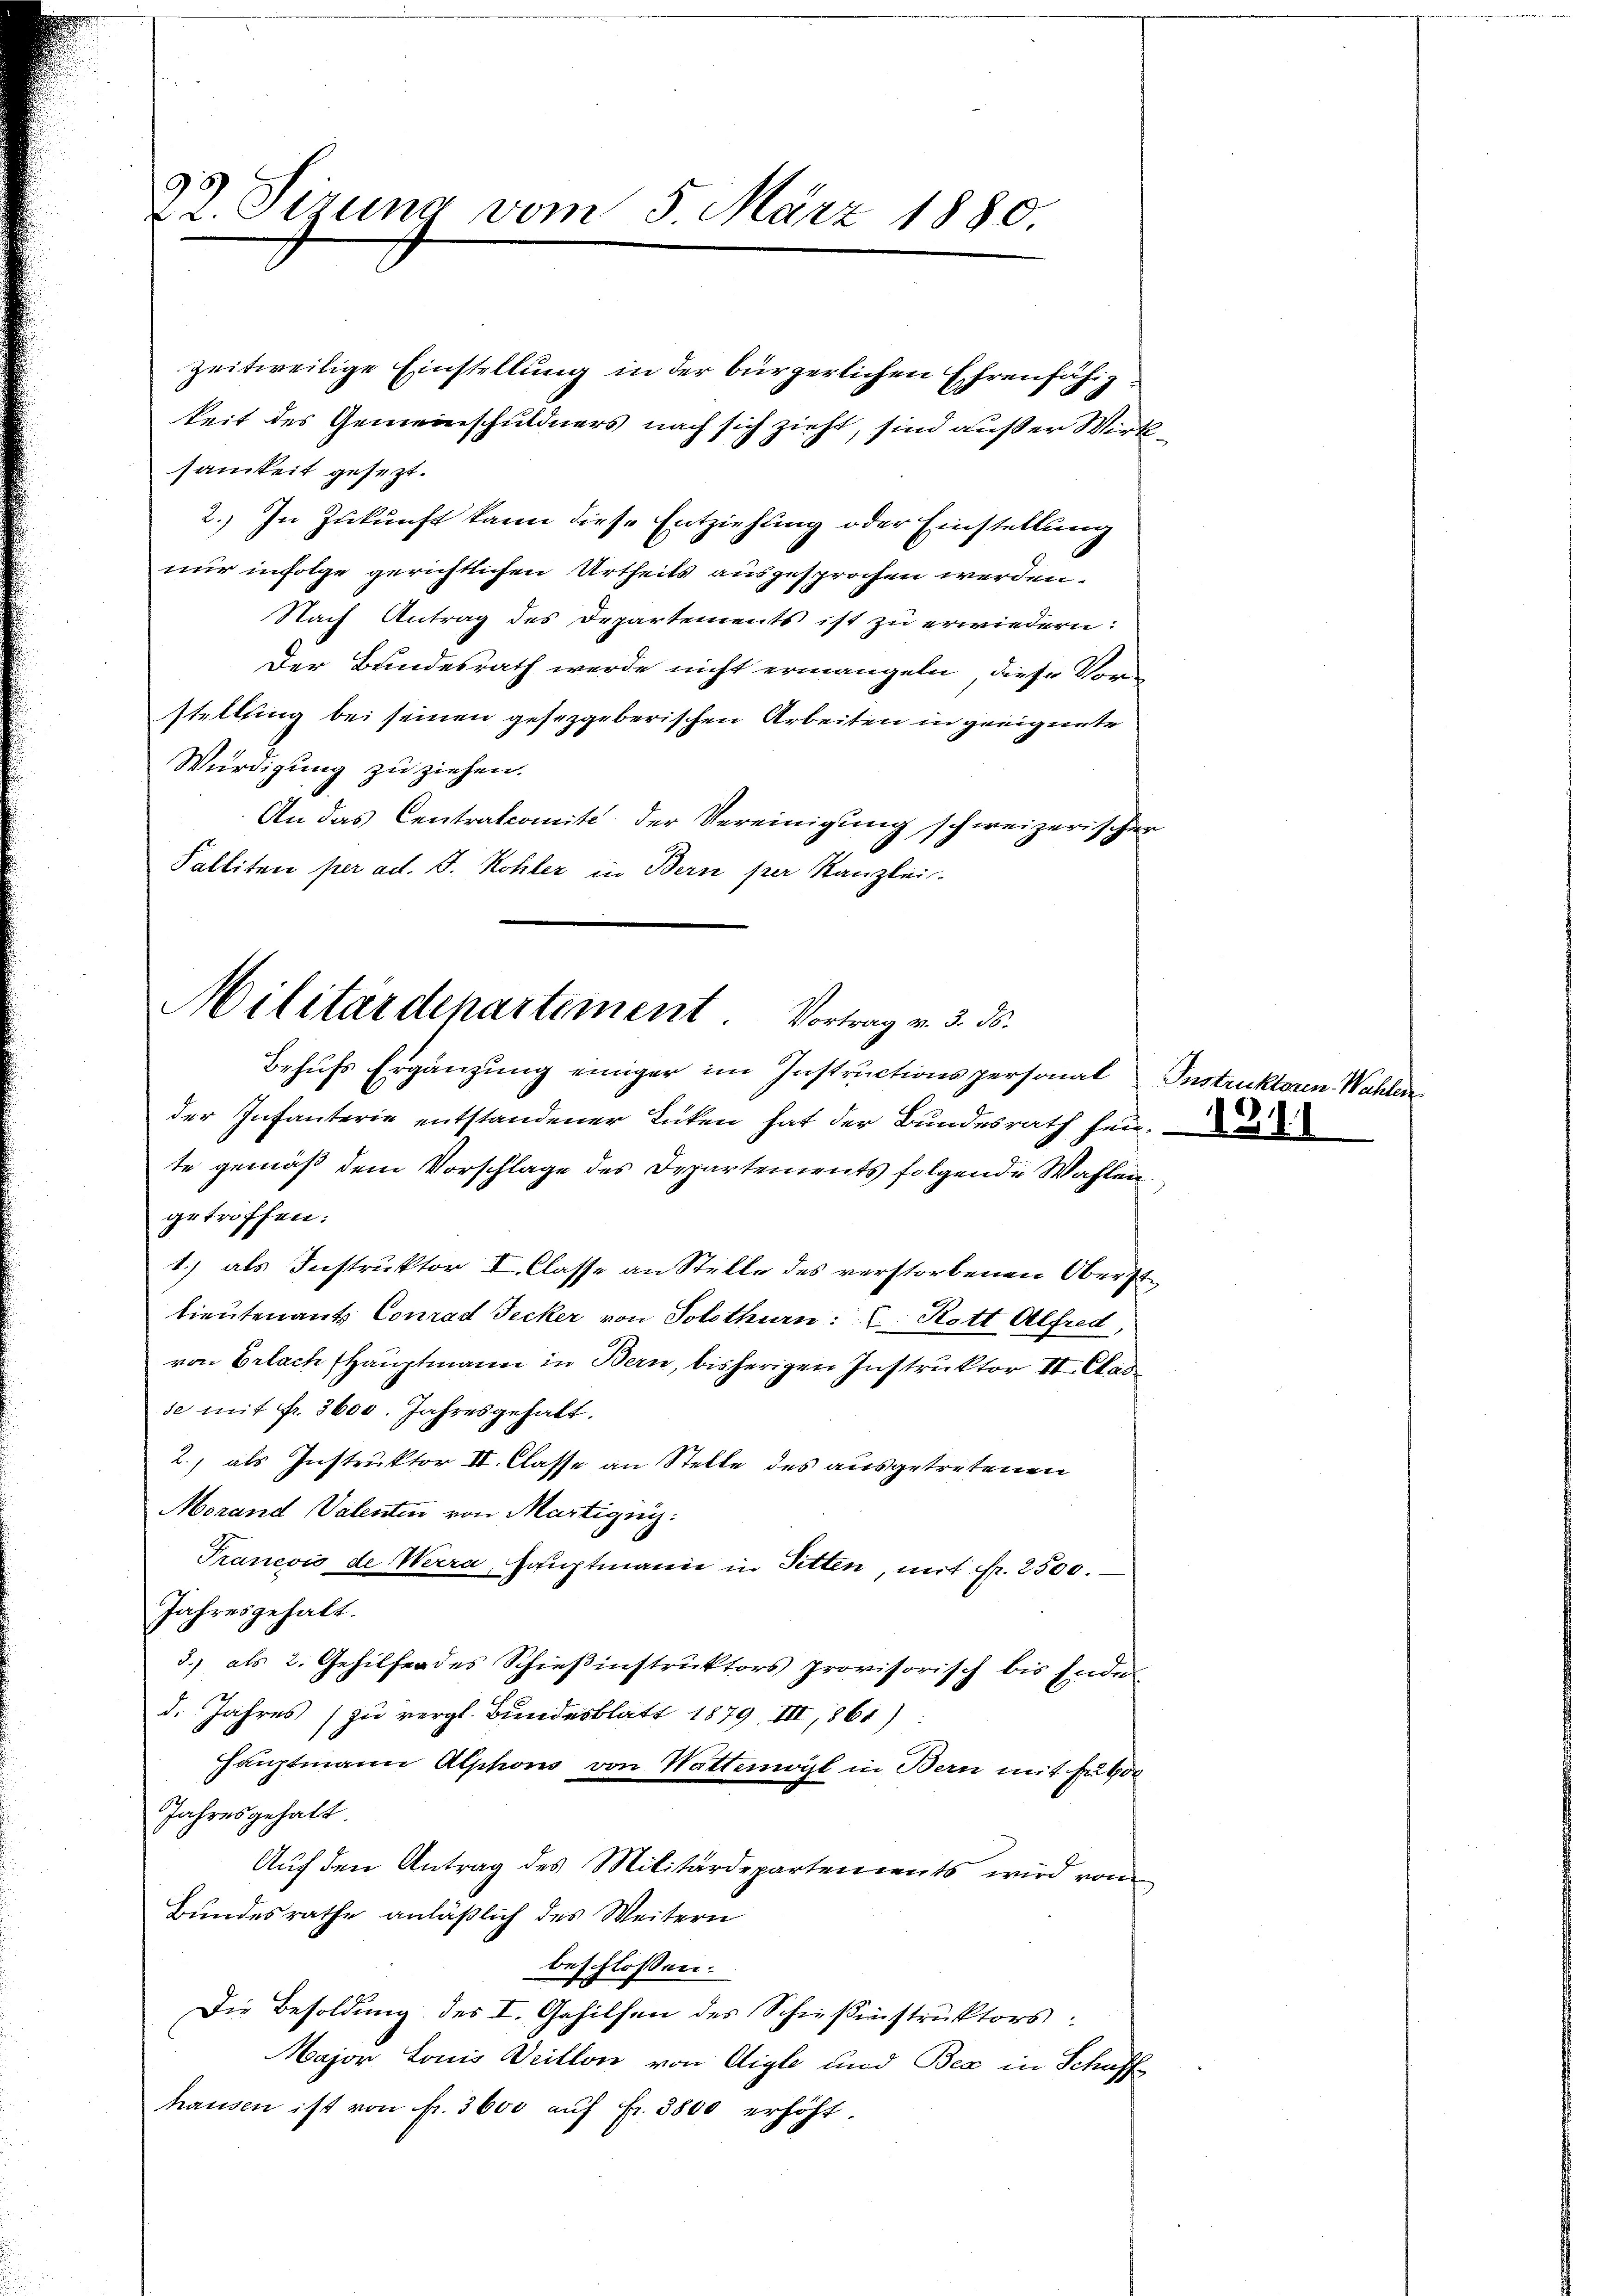
22. Sizung vom 5. März 1880

samkeit gesezt.
nur infolge gerichtlichen Urtheils ausgesprochen werden.
stelling bei seinen gesetzgeberischen Arbeiten in geeignete
Würdigung zu ziehen.
Palliten per ad. J. Kohler in Bern per Kanzlei

Behufs Ergänzung einiger im Instructionspersonal Instruktoren. Wahlen
der Infanterie entstandener Lücken hat der Bundesrath heute gemäß dem Vorschlage des Departements folgende Wahlen.
getroffen:
1) als Instruktor I. Classe an Stelle des verstorbenen Oberst
lieutenants Conrad Secker von Solothurn.  Rott Alfred,
von Erlach Hauptmann in Bern, bisherigen Instruktor III. Classe mit fr. 3600. Jahresgehalt.
2.) als Instruktor II. Classe an Stelle des ausgetretenen
Morand Valenten von Martignis:
Pranesis de Werra, Hauptmann in Sitten, mit fr. 2500.
Jahresgehalt.
3.) als 2. Gehilfer des Schießinstruktors provisorisch bis Ende
d. Jahres zu vergl. Bundesblatt 1879, III, 864)
Hauptmann Alphons von Wattenogl in Bern mit Fude
Jahresgehalt.
Aŭf den Antrag des Militärdepartements wird von
Bundesrathe anläßlich des Weitern
beschlossen:
Die Besoldung des I. Gehilfen des Schießinstruktors
Major Louis Deillon von Aigle und Bex in Schaffe
haŭsen ist von fr. 3600 aŭf fr. 3800 erhöht.

Militärdepartement. Vortrag v. 3. ds.

zeitweilige Einstellung in der bürgerlichen Ehrenfähigkeit des Gemeinschuldners nach sich zieht, sind außer Wirk¬
2.) In Zukunft kann diese Entziehung oder Einstellung
Nach Antrag des Departements ist zu erwiedern:
Der Bundesrath werde nicht ermangeln, diese Vor-
An das Centralcomite der Vereinigung schweizerischer

1911